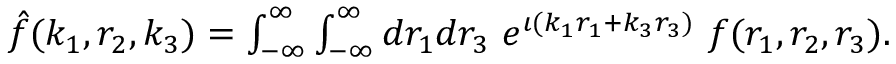
\begin{array} { r } { \hat { f } ( k _ { 1 } , r _ { 2 } , k _ { 3 } ) = \int _ { - \infty } ^ { \infty } \int _ { - \infty } ^ { \infty } d r _ { 1 } d r _ { 3 } \, \, e ^ { \iota ( k _ { 1 } r _ { 1 } + k _ { 3 } r _ { 3 } ) } \, \, f ( r _ { 1 } , r _ { 2 } , r _ { 3 } ) . } \end{array}